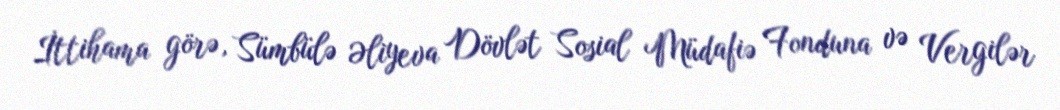
İttihama görə, Sümbülə Əliyeva Dövlət Sosial Müdafiə Fonduna və Vergilər